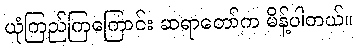
ယုံကြည်ကြကြောင်း ဆရာတော်က မိန့်ပါတယ်။